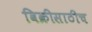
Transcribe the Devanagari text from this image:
विक्रीसाठीच